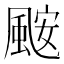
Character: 𮨪